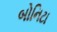
બોનિટા